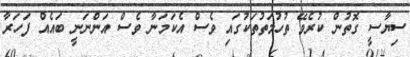
ސިޔާސީ ގޮތުން ކުރެވޭ ތުހުމަތުތަކުގައި ވެސް އެކަމަނާ ވެސް އަންނަނީ ބައެއް ފަހަރާ